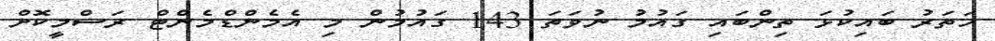
ހަތަރު ބައިކުޅަ ތިންބައި ގައުމު ނުވަތަ 143 ގައުމުން މި އެމެންޑްމެންޓް ރަސްމީކޮށް